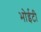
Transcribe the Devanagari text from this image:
भोईटी